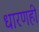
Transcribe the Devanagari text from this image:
धारणही